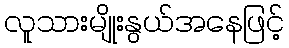
လူသားမျိုးနွယ်အနေဖြင့်